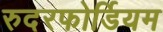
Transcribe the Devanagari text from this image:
रुदरफोर्डियम